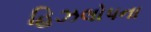
હિઝલોપના